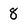
Character: 8